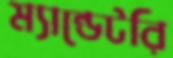
ম্যান্ডেটরি